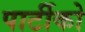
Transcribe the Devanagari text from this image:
पार्टीको